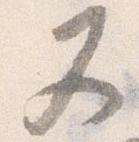
又